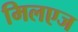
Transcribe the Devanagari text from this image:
मिलएज